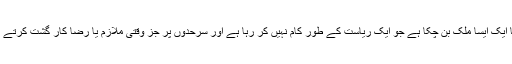
لیبیا ایک ایسا ملک بن چکا ہے جو ایک ریاست کے طور کام نہیں کر رہا ہے اور سرحدوں پر جز وقتی ملازم یا رضا کار گشت کرتے ہیں۔